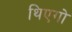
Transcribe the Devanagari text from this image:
थिएगो